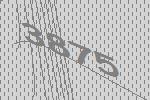
3875